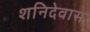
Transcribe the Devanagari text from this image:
शनिदेवास